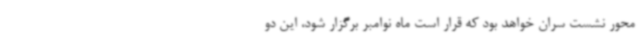
محور نشست سران خواهد بود که قرار است ماه نوامبر برگزار شود، این دو